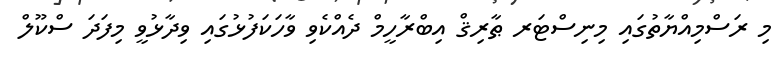
މި ރަސްމިއްޔާތުގައި މިނިސްޓަރ ޠާރިޤް އިބްރާހީމް ދެއްކެވި ވާހަކަފުޅުގައި ވިދާޅުވީ މިފަދަ ސްކޫލް